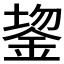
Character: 𬫔